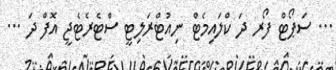
... ސަޕޯޓް ފޯރ ދަ ކްލައިމެޓް ނިއުޓްރަލިޓީ ސްޓެރެޓެޖީ އޮފް ދަ ...